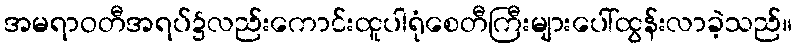
အမရာဝတီအရပ်၌လည်းကောင်းထူပါရုံစေတီကြီးများပေါ်ထွန်းလာခဲ့သည်။